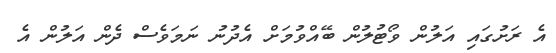
އެ ރަށުގައި އަލުން ވޯޓުލުން ބޭއްވުމަށް އެދުނު ނަމަވެސް ދެން އަލުން އެ